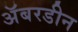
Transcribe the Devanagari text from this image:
अॅबरडीन